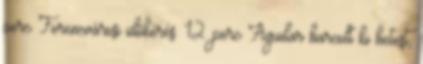
perc Ferencvárosi időkérés. 12. perc Aguilar harcolt ki hetest,